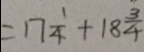
= 1 7 \frac { 1 } { 4 } + 1 8 \frac { 3 } { 4 }